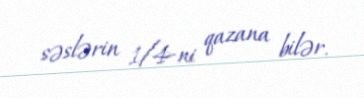
səslərin 1/4-ni qazana bilər.